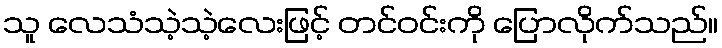
သူ လေသံသဲ့သဲ့လေးဖြင့် တင်ဝင်းကို ပြောလိုက်သည်။